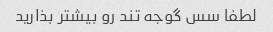
لطفا سس گوجه تند رو بیشتر بذارید